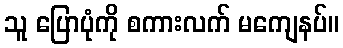
သူ ပြောပုံကို စကားလက် မကျေနပ်။